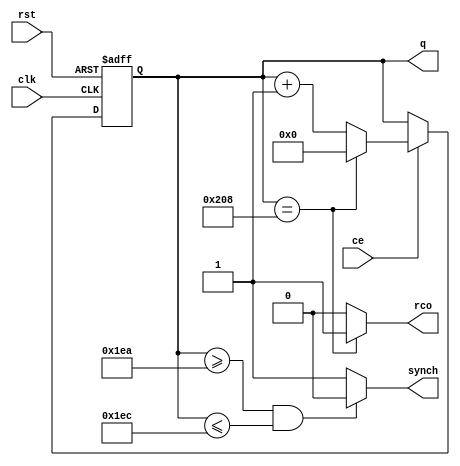
`timescale 1ns / 1ps

// cntV = numarator modulo 521 [0,520]
module cntV#(
    parameter max=520,
    parameter PWL=490,
    parameter PWH=492
)(
    input ce,
    input rst,
    input clk,
    output reg [9:0]q=0,
    output synch, // puls sincronizare pe verticala 
    output rco
    );
    
    always@(posedge clk,posedge rst)
    begin
    if(rst)
        q<=0;
        else if(ce)
            if(q==max)
            q<=0;
    else
        q<=q+1;
    end          
      
    assign synch=((q>=PWL)&&(q<=PWH))?0:1;
    assign rco=(q==max)?1:0;
    
    
    
    
    
    
    
    
    
endmodule